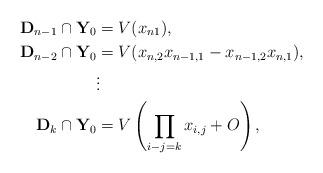
LaTeX: \begin{align*} \mathbf{D}_{n-1} \cap \mathbf{Y}_0 &= V(x_{n1}),\\ \mathbf{D}_{n-2} \cap \mathbf{Y}_0 &= V(x_{n,2}x_{n-1,1}-x_{n-1,2}x_{n,1}),\\ &\vdots \\ \mathbf{D}_{k} \cap \mathbf{Y}_0 &= V\left(\prod_{i-j=k}x_{i,j} +O\right),\end{align*}